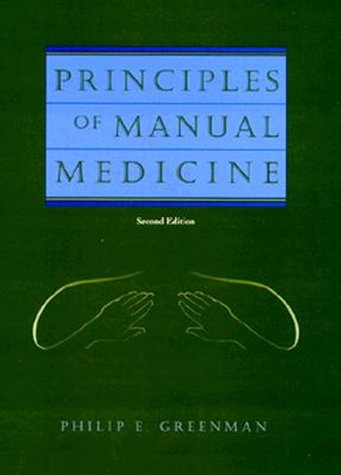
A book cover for Principles of Manual Medicine; Philip E. Greenman; Medical Books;